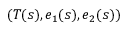
( T ( s ) , e _ { 1 } ( s ) , e _ { 2 } ( s ) )